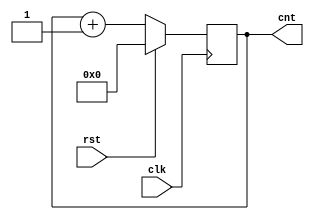
module count (
  input clk,
  input rst,
  output reg [7:0] cnt
);

 always @(posedge clk) begin
     if (rst)
         cnt <= 8'b0;
     else
         cnt <= cnt + 8'b0000_0001;
 end

endmodule